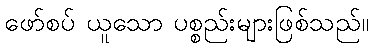
ဖော်စပ် ယူသော ပစ္စည်းများဖြစ်သည်။